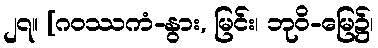
၂၇။ [ဂဝဿကံ-နွား, မြင်း၊ ဘုဝိ-မြေ၌၊